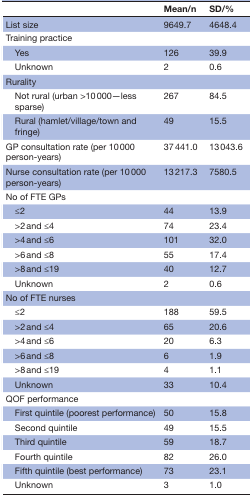
|  | Mean/n | SD/% |
 | --- | --- | --- |
 | List size | 9649.7 | 4648.4 |
 | Training practice |  |  |
 | Yes | 126 | 39.9 |
 | Unknown | 2 | 0.6 |
 | Rurality |  |  |
 | Not rural (urban >10 000—less sparse) | 267 | 84.5 |
 | Rural (hamlet/village/town and fringe) | 49 | 15.5 |
 | GP consultation rate (per 10 000 person-years) | 37 441.0 | 13 043.6 |
 | Nurse consultation rate (per 10 000 person-years) | 13 217.3 | 7580.5 |
 | No of FTE GPs |  |  |
 | ≤2 | 44 | 13.9 |
 | >2 and ≤4 | 74 | 23.4 |
 | >4 and ≤6 | 101 | 32.0 |
 | >6 and ≤8 | 55 | 17.4 |
 | >8 and ≤19 | 40 | 12.7 |
 | Unknown | 2 | 0.6 |
 | No of FTE nurses |  |  |
 | ≤2 | 188 | 59.5 |
 | >2 and ≤4 | 65 | 20.6 |
 | >4 and ≤6 | 20 | 6.3 |
 | >6 and ≤8 | 6 | 1.9 |
 | >8 and ≤19 | 4 | 1.1 |
 | Unknown | 33 | 10.4 |
 | QOF performance |  |  |
 | First quintile (poorest performance) | 50 | 15.8 |
 | Second quintile | 49 | 15.5 |
 | Third quintile | 59 | 18.7 |
 | Fourth quintile | 82 | 26.0 |
 | Fifth quintile (best performance) | 73 | 23.1 |
 | Unknown | 3 | 1.0 |